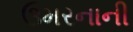
ઉમરનાની